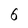
Character: 6